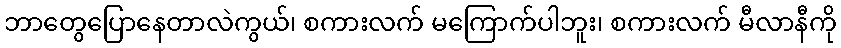
ဘာတွေပြောနေတာလဲကွယ်၊ စကားလက် မကြောက်ပါဘူး၊ စကားလက် မီလာနီကို